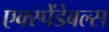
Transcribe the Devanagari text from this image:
एक्स्पेंडेबल्स